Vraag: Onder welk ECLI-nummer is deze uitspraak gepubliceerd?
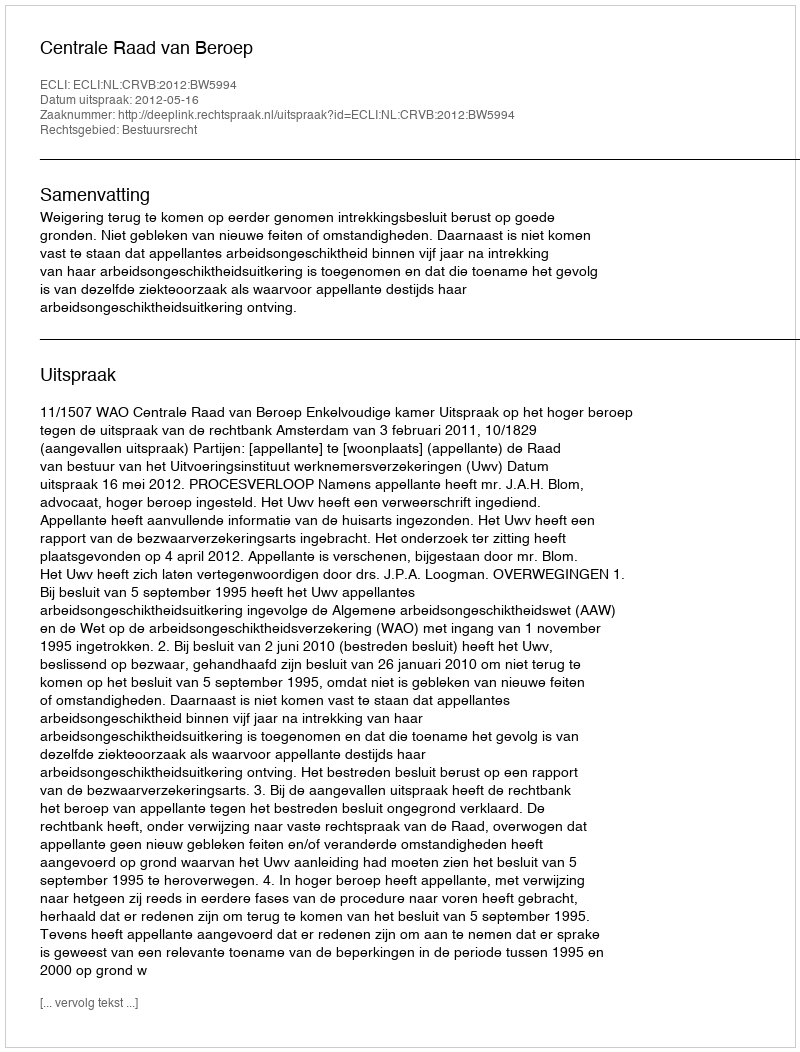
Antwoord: ECLI:NL:CRVB:2012:BW5994